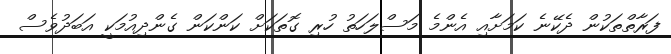
ފަރާތްތަކުން ދެކޭނެ ކަމަށާއި އެންމެ މަސްލަހަތު ހުރި ގޮތަކަށް ކަންކަން ގެންދިއުމަކީ އަބަދުވެސް